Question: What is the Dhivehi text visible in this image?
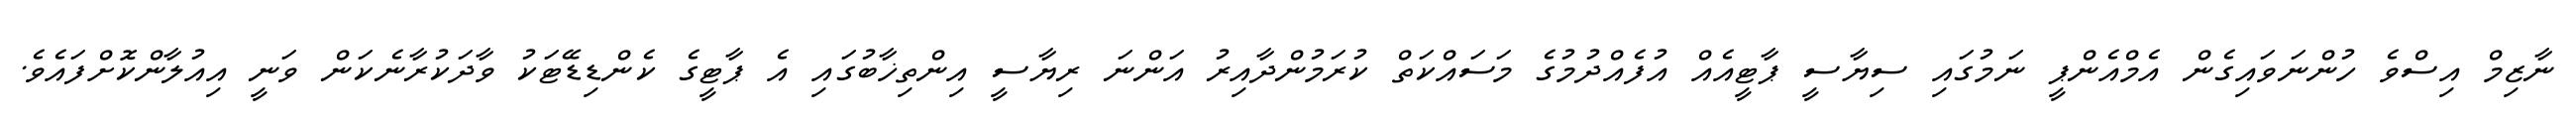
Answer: ނާޒިމް އިސްވެ ހުންނަވައިގެން އެމްއެންޕީ ނަމުގައި ސިޔާސީ ޕާޓީއެއް އުފެއްދުމުގެ މަސައްކަތް ކުރަމުންދާއިރު އަންނަ ރިޔާސީ އިންތިޚާބުގައި އެ ޕާޓީގެ ކެންޑިޑޭޓަކު ވާދަކުރާނެކަން ވަނީ އިއުލާންކޮށްފައެވެ.